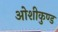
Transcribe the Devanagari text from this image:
ओशीकुण्ड